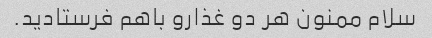
سلام ممنون هر دو غذارو باهم فرستادید.